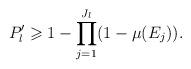
LaTeX: \begin{align*} P'_l\geqslant 1-\prod_{j=1}^{J_l}(1-\mu(E_j)) .\end{align*}